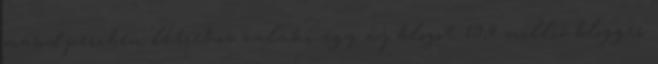
másodpercben létrehoz valaki egy új blogot 19,4 millió blogger